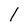
Character: l